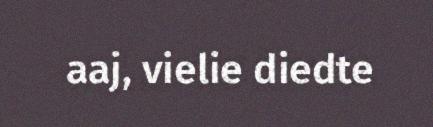
aaj, vielie diedte